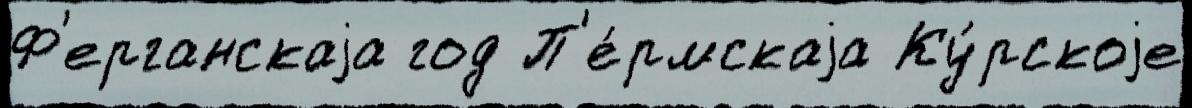
Ф'ерганскаjа год П'е́рмскаjа Ку́рскоjе